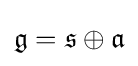
{\mathfrak {g}}={\mathfrak {s}}\oplus {\mathfrak {a}}